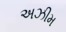
અઝીમ